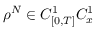
\rho ^ { N } \in C _ { [ 0 , T ] } ^ { 1 } C _ { x } ^ { 1 }